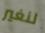
لنغير